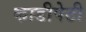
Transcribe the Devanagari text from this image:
काडीपेटी